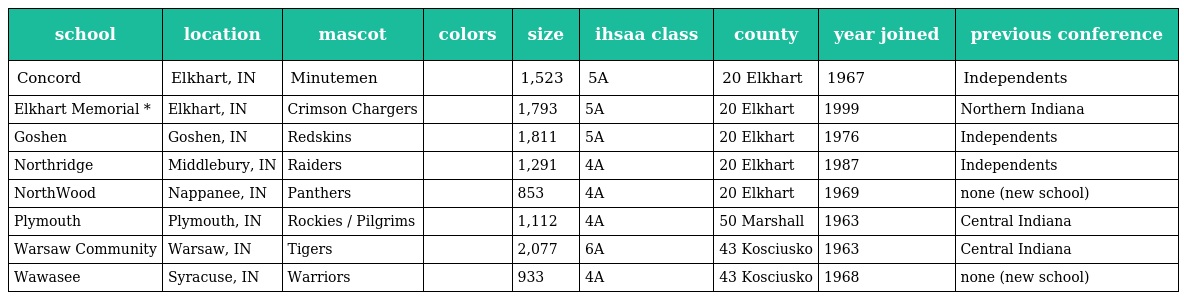
| school | location | mascot | colors | size | ihsaa class | county | year joined | previous conference |
 | --- | --- | --- | --- | --- | --- | --- | --- | --- |
 | Concord | Elkhart, IN | Minutemen |  | 1,523 | 5A | 20 Elkhart | 1967 | Independents |
 | Elkhart Memorial * | Elkhart, IN | Crimson Chargers |  | 1,793 | 5A | 20 Elkhart | 1999 | Northern Indiana |
 | Goshen | Goshen, IN | Redskins |  | 1,811 | 5A | 20 Elkhart | 1976 | Independents |
 | Northridge | Middlebury, IN | Raiders |  | 1,291 | 4A | 20 Elkhart | 1987 | Independents |
 | NorthWood | Nappanee, IN | Panthers |  | 853 | 4A | 20 Elkhart | 1969 | none (new school) |
 | Plymouth | Plymouth, IN | Rockies / Pilgrims |  | 1,112 | 4A | 50 Marshall | 1963 | Central Indiana |
 | Warsaw Community | Warsaw, IN | Tigers |  | 2,077 | 6A | 43 Kosciusko | 1963 | Central Indiana |
 | Wawasee | Syracuse, IN | Warriors |  | 933 | 4A | 43 Kosciusko | 1968 | none (new school) |